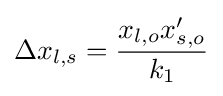
\Delta x_{l,s}={\frac {x_{l,o}x'_{s,o}}{k_{1}}}